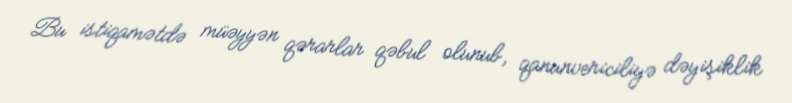
Bu istiqamətdə müəyyən qərarlar qəbul olunub, qanunvericiliyə dəyişiklik